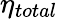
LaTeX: \eta_{total}